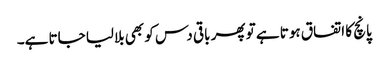
پانچ کا اتفاق ہوتا ہے تو پھر باقی دس کو بھی بلالیا جاتا ہے۔